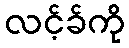
လင့်ခ်ကို